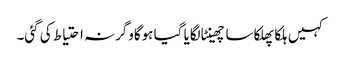
کہیں ہلکا پھلکا سا چھینٹا لگایا گیا ہوگاوگرنہ احتیاط کی گئی۔